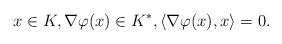
LaTeX: \begin{align*}x \in K, \nabla \varphi(x) \in K^*, \left\langle \nabla \varphi(x), x \right\rangle =0.\end{align*}